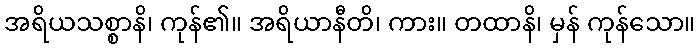
အရိယသစ္စာနိ၊ ကုန်၏။ အရိယာနီတိ၊ ကား။ တထာနိ၊ မှန် ကုန်သော။